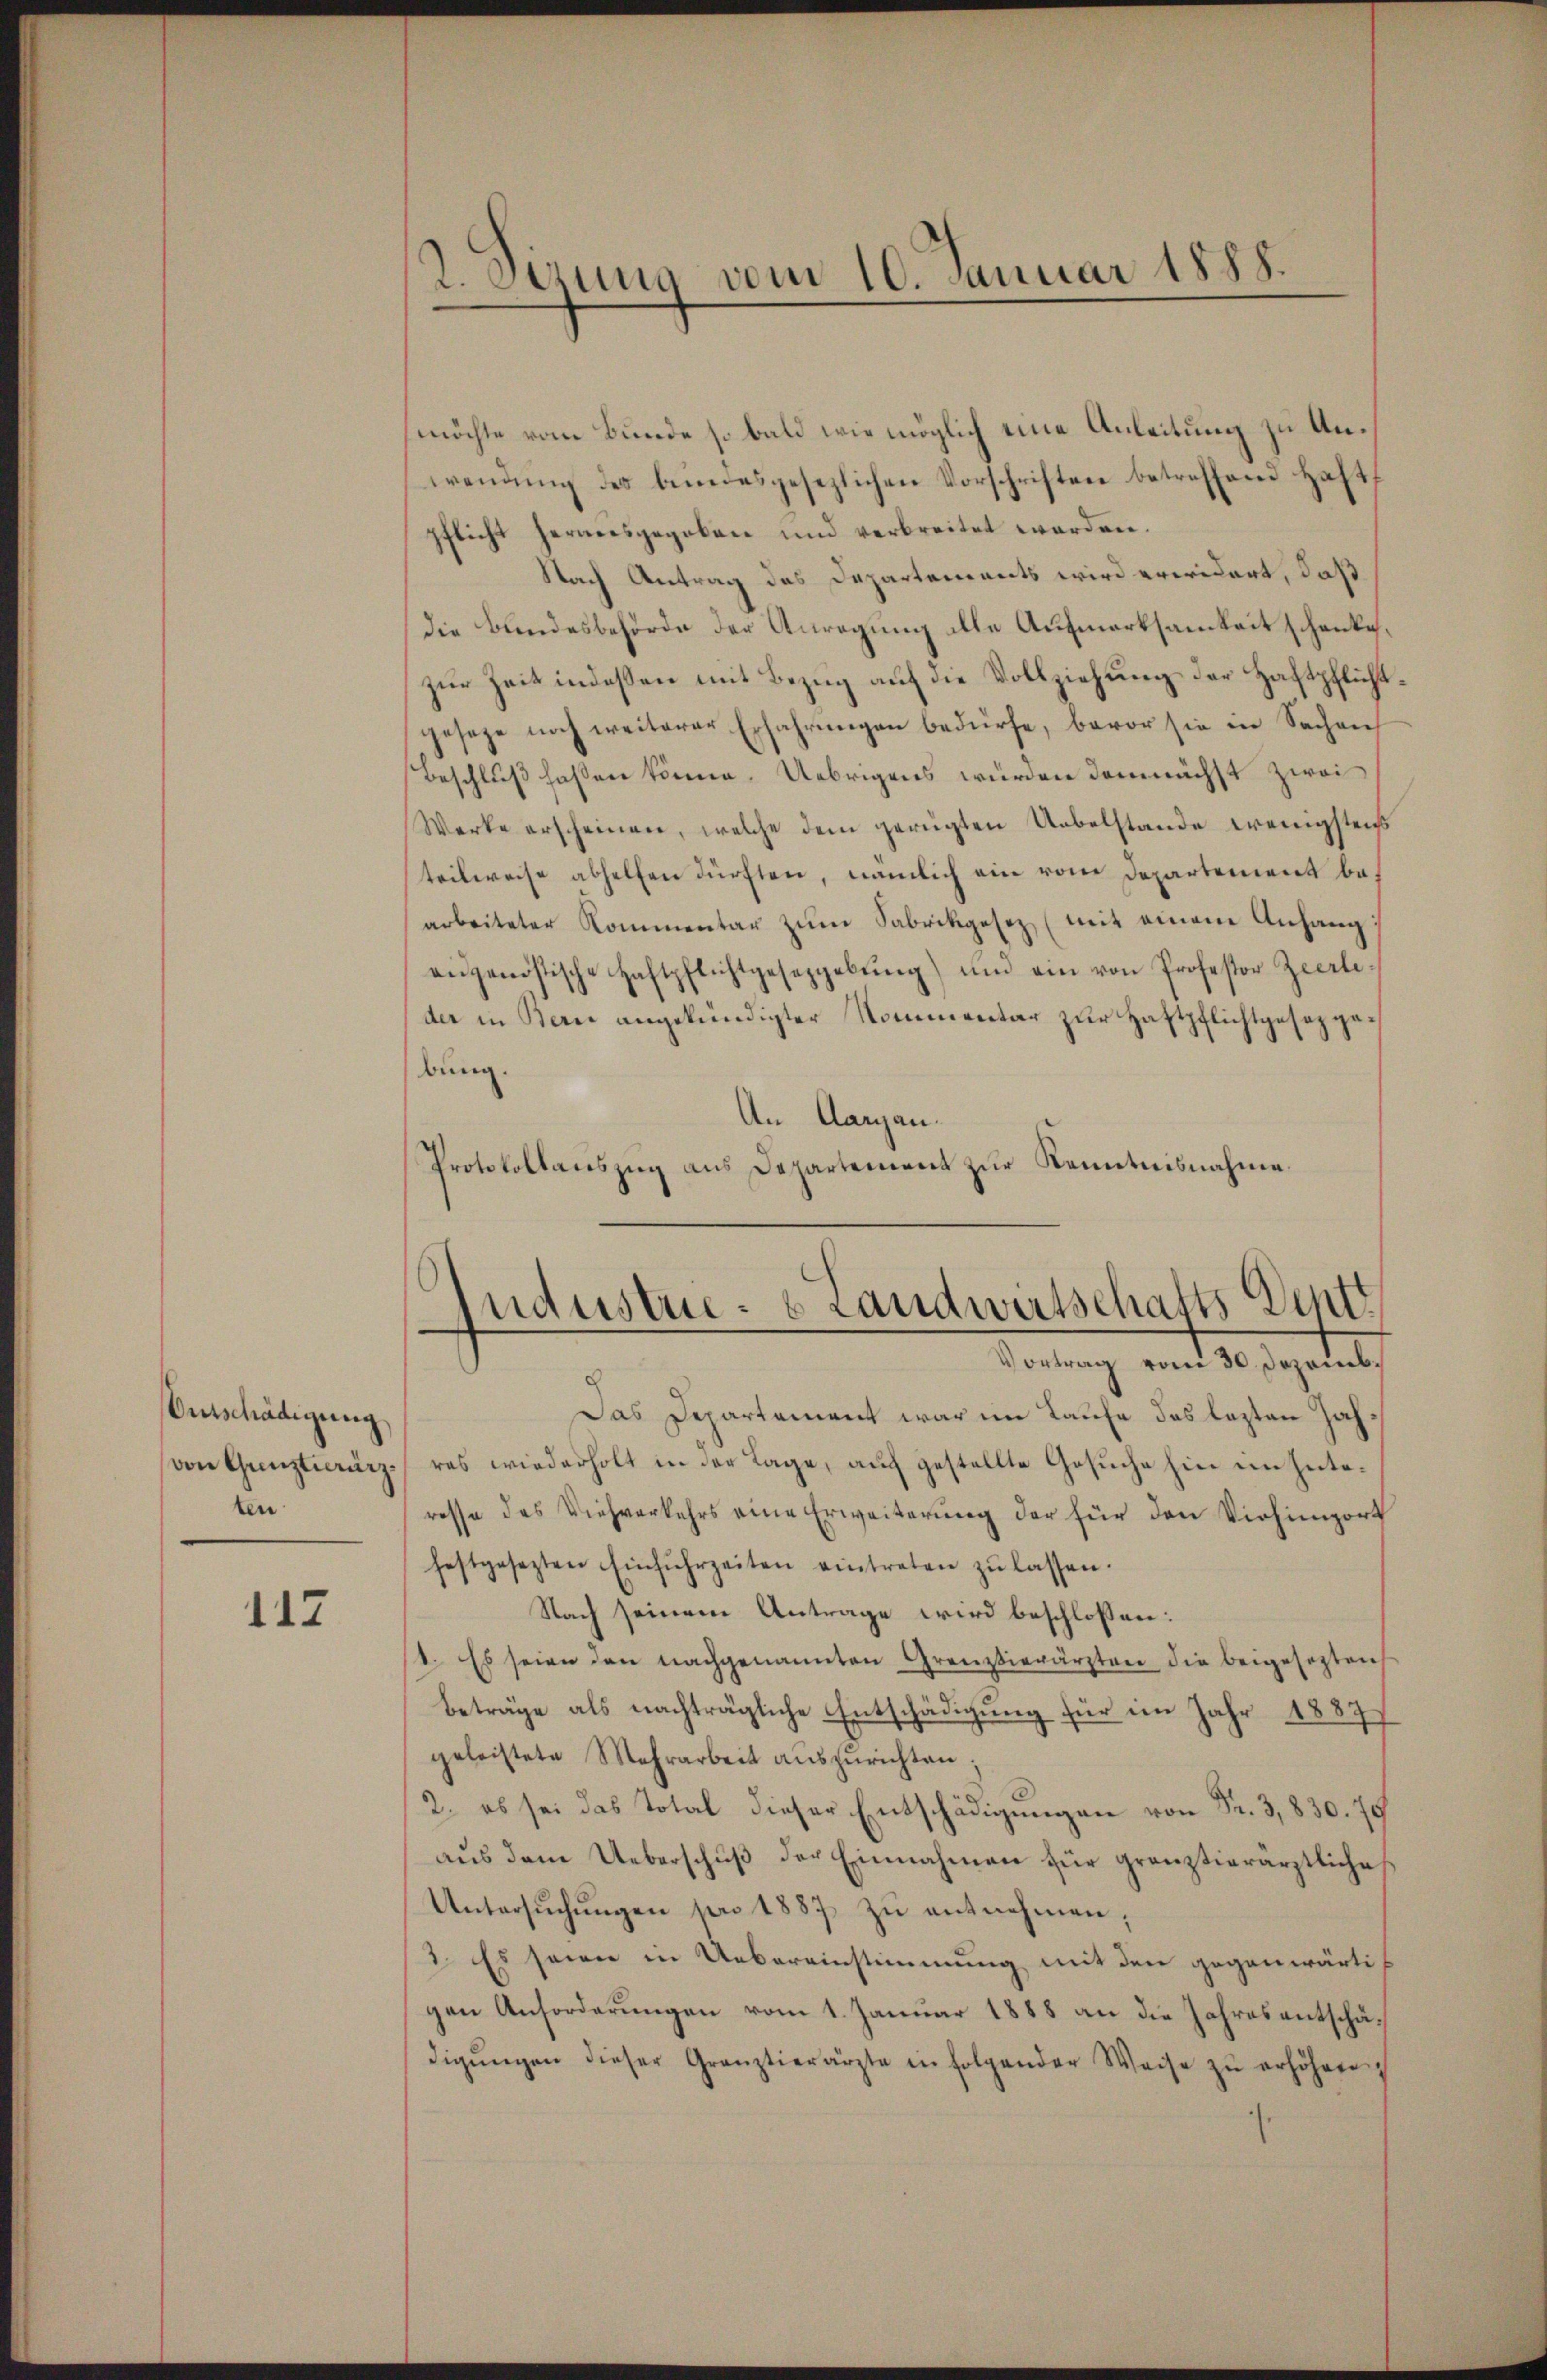
Entschädigung
von Gunstierärzten

412

2. Sezung vom 10. Januar 1888.

möchte vom Bunde so bald wie möglich eine Anleitung zu Anwendung des bundesgesezlichen Vorschriften betreffend Haft
pflicht herausgegeben und verbreitet werden.
Nach Antrag des Departements wird erwidert, daß
Die Bundesbehörde der Anregung alle Aufmerksamkeit schenke,
zur Zeit indessen mit Bezug auf die Vollziehung der Haftpflichtgeseze noch weiterer Erfahrungen bedürfe, bevor sie in Sachen
Beschluß faßen könne. Uebrigens würden demnächst zwei
Werke erscheinen, welche dem gerügten Uebelstande wenigstens
teilweise abhelfen dürften, nämlich ein vom Departement bearbeiteter Kommentar zŭm Sabrikgesez (mit einem Anhang,
aŭgenössische Haftpflichtgeseggebŭng) und ein von Professor Zeerleder in Bern angekündigter Kommentar zur Haftpflichtgesez gebung.
An Aargau.
Protokollauszug aus Departement zŭr Kenntnisnahme.

¬
ndustrie- & Landwirtschafts Dett
Vortrag vom 30. Dezemb.

Das Departement war im Laufe des lezten Zahres wiederholt in der Lage, auf gestellte Gesuche hin im Interesse des Viehverkehrs eine Erweiterung der für den Viehimport
festgesezten Einfŭhrzeiten eintreten zŭ lassen.
Nach seinem Antrage wird beschlossen:
1. Es seien den nachgenannten Grenzierärzten die beigesezten
beträge als nachträgliche Entschädigung für im Jahr 1887
geleistete Mehrarbeit auszurichten:
2. es sei das Total dieser Entschädigungen von Fr. 3,830. 75
aŭs dem Ueberschŭβ der Einnahmen für gränztierärztliche
Untersŭchŭngen pro 1887 zŭ entnehmen,
2. Es seien in Uebereinstimmung mit den gegenwärtigen Anforderungen vom 1. Januar 1888 an die Jahres entschädigŭngen dieser Gränztierärzte in folgender Weise zŭ erhöhen.